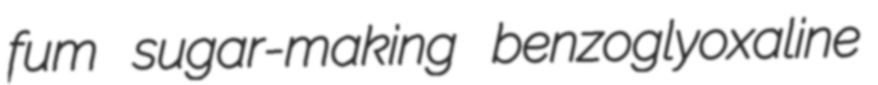
fum sugar-making benzoglyoxaline